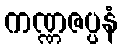
ကဏ္ဏဇပ္ပနံ